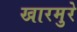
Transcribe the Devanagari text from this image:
खारमुरे